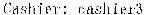
CASHIER: CASHIER3